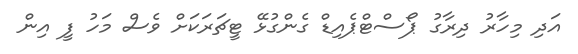
އަދި މިހާރު ދިރާގު ޕޯސްޓްޕެއިޑް ގެންގުޅޭ ޓީޗަރަކަށް ވެސް މަހު ފީ އިން